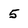
Character: 5